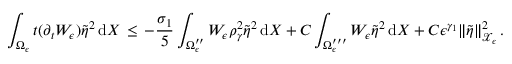
\int _ { \Omega _ { \epsilon } } t ( \partial _ { t } W _ { \epsilon } ) \tilde { \eta } ^ { 2 } \, \mathrm { d } X \, \le \, - \frac { \sigma _ { 1 } } { 5 } \int _ { \Omega _ { \epsilon } ^ { \prime \prime } } W _ { \epsilon } \rho _ { \gamma } ^ { 2 } \tilde { \eta } ^ { 2 } \, \mathrm { d } X + C \int _ { \Omega _ { \epsilon } ^ { \prime \prime \prime } } W _ { \epsilon } \tilde { \eta } ^ { 2 } \, \mathrm { d } X + C \epsilon ^ { \gamma _ { 1 } } \| \tilde { \eta } \| _ { \mathcal { X } _ { \epsilon } } ^ { 2 } \, .